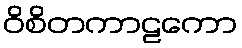
ဝိစိတကာဠကော